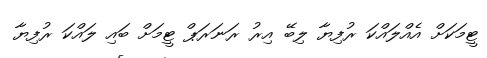
ޓީމަކަށް އެއްލައްކަ ރުފިޔާ ލިބޭ އިރު ރަނަރަޕް ޓީމަށް ބައި ލައްކަ ރުފިޔާ